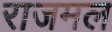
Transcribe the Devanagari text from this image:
राजमल